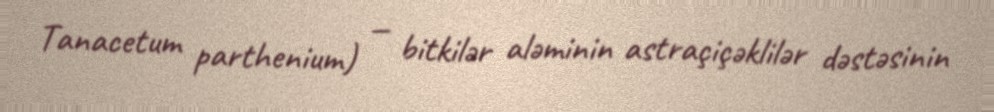
Tanacetum parthenium) — bitkilər aləminin astraçiçəklilər dəstəsinin